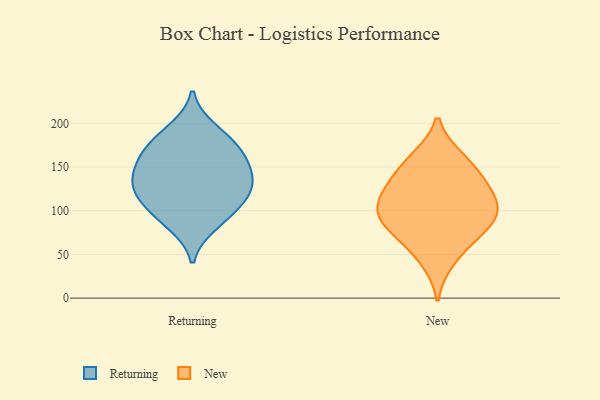
{"axis": {"x": "Net Income (USD K)", "y": "Value"}, "legend": ["New", "Returning"], "data": [{"x": "", "y": 108, "type": "Returning"}, {"x": "", "y": 96, "type": "Returning"}, {"x": "", "y": 171, "type": "Returning"}, {"x": "", "y": 84, "type": "Returning"}, {"x": "", "y": 129, "type": "Returning"}, {"x": "", "y": 140, "type": "Returning"}, {"x": "", "y": 152, "type": "Returning"}, {"x": "", "y": 128, "type": "Returning"}, {"x": "", "y": 120, "type": "Returning"}, {"x": "", "y": 178, "type": "Returning"}, {"x": "", "y": 159, "type": "Returning"}, {"x": "", "y": 193, "type": "Returning"}, {"x": "", "y": 135, "type": "New"}, {"x": "", "y": 66, "type": "New"}, {"x": "", "y": 90, "type": "New"}, {"x": "", "y": 92, "type": "New"}, {"x": "", "y": 116, "type": "New"}, {"x": "", "y": 42, "type": "New"}, {"x": "", "y": 75, "type": "New"}, {"x": "", "y": 104, "type": "New"}, {"x": "", "y": 134, "type": "New"}, {"x": "", "y": 161, "type": "New"}, {"x": "", "y": 94, "type": "New"}, {"x": "", "y": 158, "type": "New"}, {"x": "", "y": 118, "type": "New"}]}